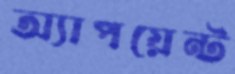
অ্যাপয়েন্ট